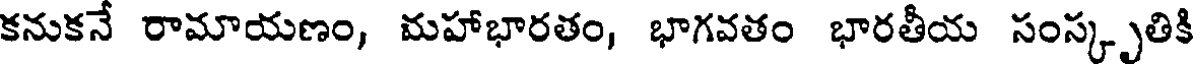
కనుకనే రామాయణం, మహాభారతం, భాగవతం భారతీయ సంస్కృతికి